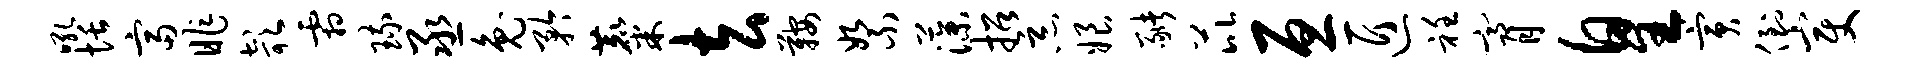
吼恬富昨欹霜琉丞兔矜麋去鞍絮藻招恶娘猪芘亘匠衽膏皇寅倒变